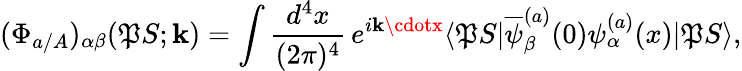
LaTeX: (\Phi_{a/A})_{\alpha\beta}(\mathfrak{P}S;\mathbf{k})=\int\frac{{d^{4}x}}{{(2\pi)^{4}}}\, e^{i\mathbf{k}\cdotx}\langle\mathfrak{P}S|\overline{{{{\psi}}}}_{\beta}^{(a)}(0)\psi_{\alpha}^{(a)}(x)|\mathfrak{P}S\rangle,